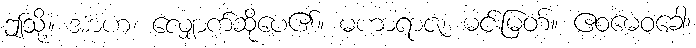
ဤသို့။ အာဟ၊ လျှောက်ဆိုပေ၏။ မဟာရာဇ၊ မင်းမြတ်။ ဧဝမေဝခေါ၊